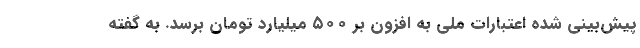
پیش‌بینی شده اعتبارات ملی به افزون بر ۵۰۰ میلیارد تومان برسد. به گفته